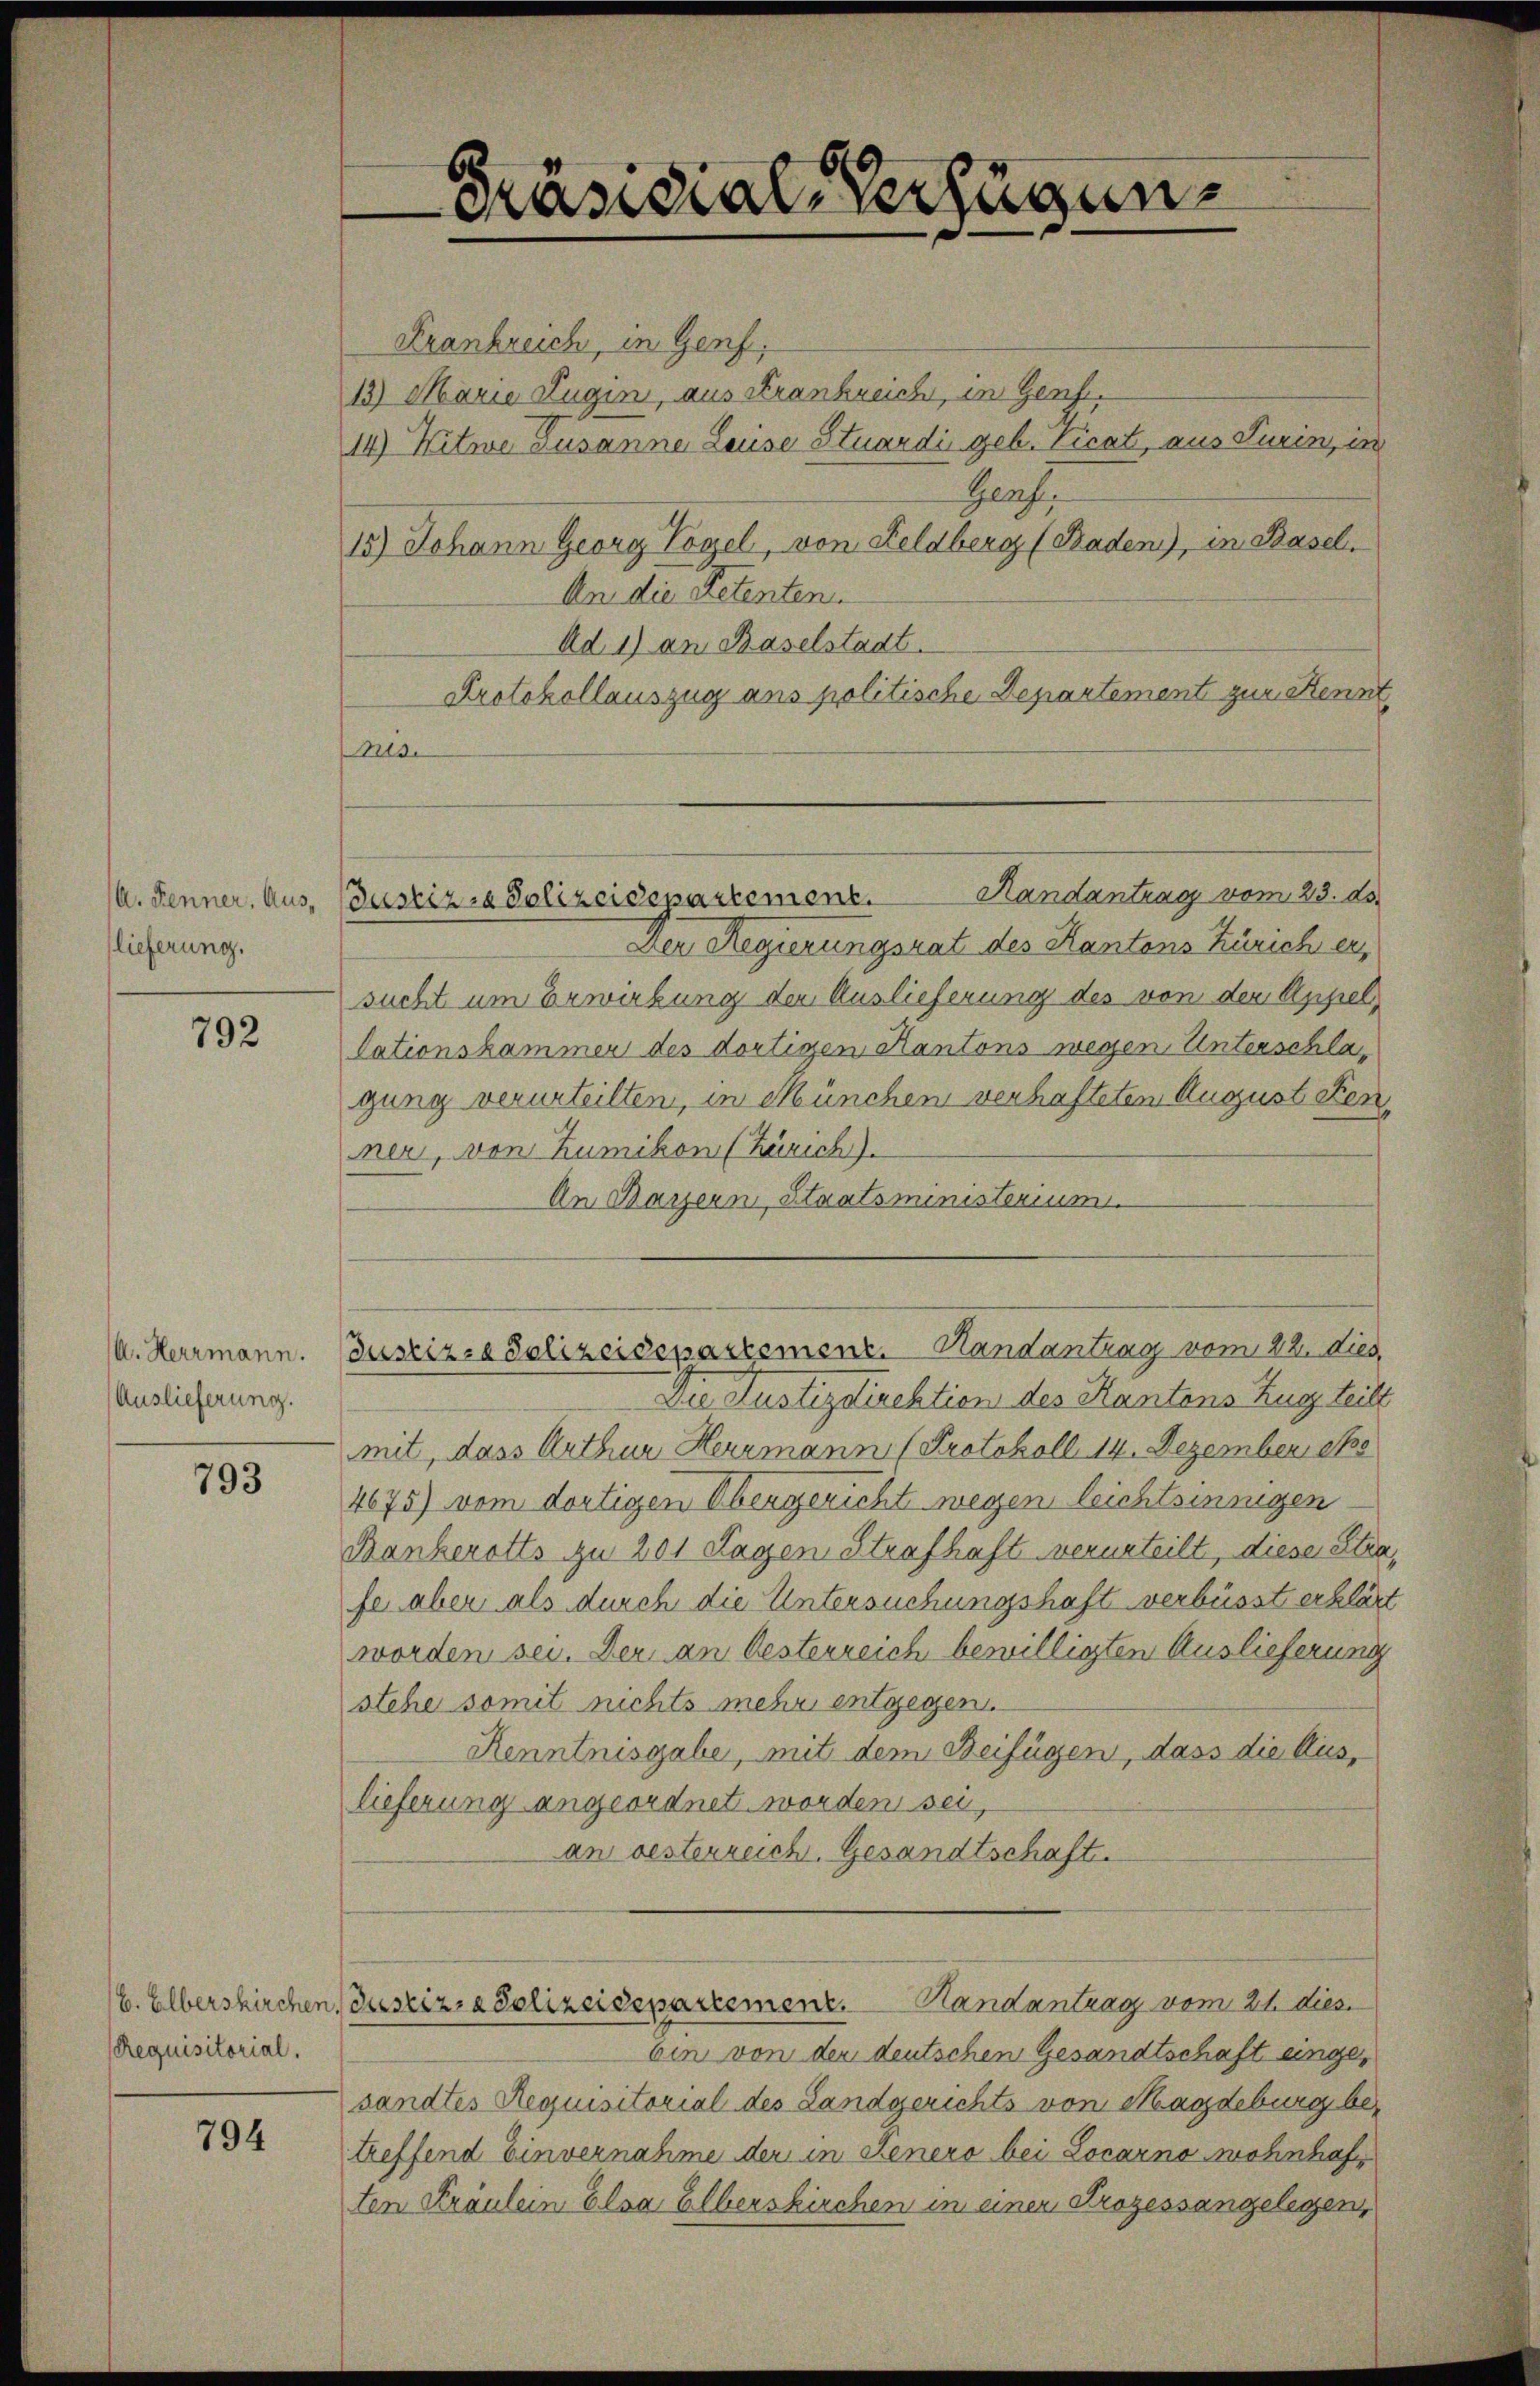
A. Fenner, Auslieferung.

792

A. Herrmann.
Auslieferung.

793

b. Elberskirchen
Requisitorial.

794

Präsidial-Verfügung

Handantrag vom 23. ds.
Justizra Polizeidepartement.

Frankreich, in Genf,
13) Marie Zugin, aus Frankreich, in Genf.
14) Witwe Susanne Lauise Stuardii geb. sicat, aus Turin, in
Gerf.
15.) Johann Georg Vorzel, von Feldberg (Baden), in Basel,
An die Petenten
Ad 1) an Baselstadt.
Protokollauszug aus politische Departement zur Kennt
Mide
Der Regierungsrat des Kantons Zürich er,
sucht um Erwirkung der Auslieferung des von der Appellationskammer des dortigen Kantons wegen Unterschlagung verurteilten, in München verhafteten August denner, von Zumikon (Zürich).
An Bayern Staatsministerium
Justiz- & Polizeidepartemenz. Handantrag vom 22. dies,
Die Justizdirektion des Kantons Zugz teilt
mit, dass Arthur Herrmann (Protokoll 14. Dezember 185
4675) vom dortigen Obergericht wegen leichtsinngen
Bankerotts zu 201 Lagen Strafhaft verurteilt, diese Strafe aber als durch die Untersuchungshaft verbüsst erklärt
worden sei. Der an Oesterreich bewilligten Auslieferung
stehe somit nichts mehr entgegen.
Renntnisgabe, mit dem Beifügen, dass die Auslieferung angeordnet worden sei,
an besterreich. Gesandtschaft.
Zeszizia Polizeidepartement. Handantrag vom 24. dies
bin von der deutschen Gesandtschaft eingesandtes Requisitorial des Landgerichts von Magdeburg betreffend Einvernahme der in Jenero bei Locarno wohnhaf
ten Kräulein Elsa Elberskirchen in einen Prozessangelegen,